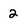
Character: 2